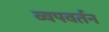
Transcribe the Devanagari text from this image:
व्यपवर्तन